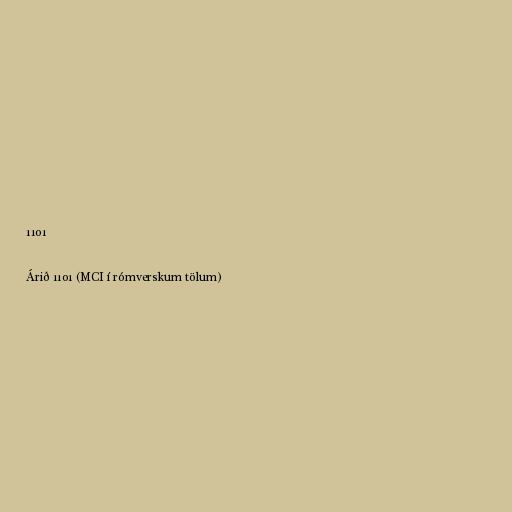
1101

Árið 1101 (MCI í rómverskum tölum)